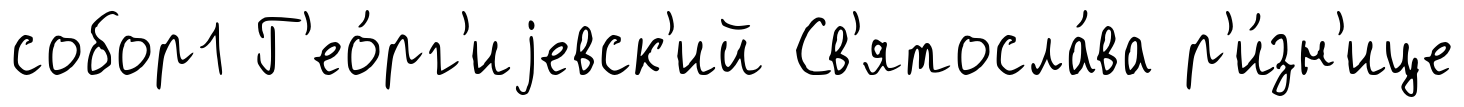
собор1 Г'ео́рг'иjевск'ий Св'ятосла́ва р'и́зн'ице